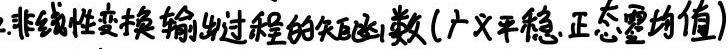
2.非线性变换输出过程的矢函数(广义平稳,正态零均值)